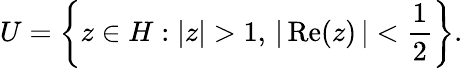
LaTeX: U=\left\{ z\in H:\left|z\right|>1,\, \left|\, {\mathrm{Re}}(z)\, \right|<{\frac{1}{2}}\right\} .